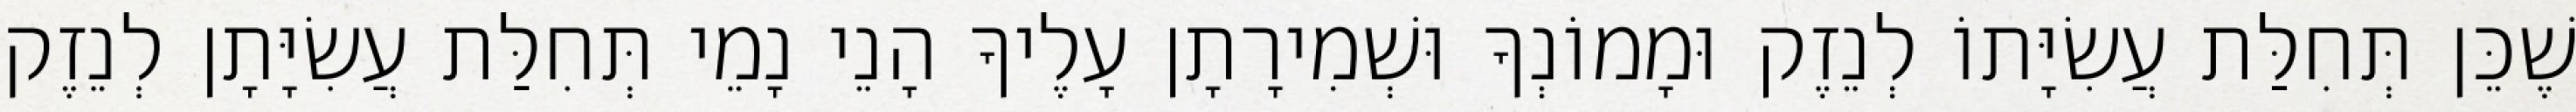
שֶׁכֵּן תְּחִלַּת עֲשִׂיָּתוֹ לְנֵזֶק וּמָמוֹנְךָ וּשְׁמִירָתָן עָלֶיךָ הָנֵי נָמֵי תְּחִלַּת עֲשִׂיָּתָן לְנֵזֶק